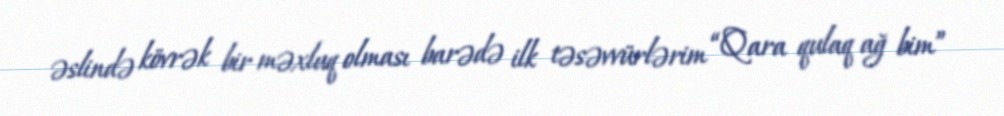
əslində kövrək bir məxluq olması barədə ilk təsəvvürlərim “Qara qulaq ağ bim”